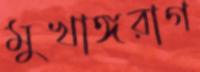
মুখাঙ্গরাগ